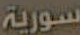
سورية